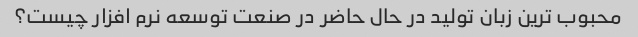
محبوب ترین زبان تولید در حال حاضر در صنعت توسعه نرم افزار چیست؟